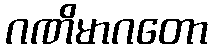
ဂဏိမာဂတော